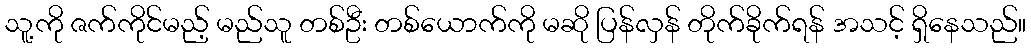
သူ့ကို ဇက်ကိုင်မည့် မည်သူ တစ်ဦး တစ်ယောက်ကို မဆို ပြန်လှန် တိုက်ခိုက်ရန် အသင့် ရှိနေသည်။